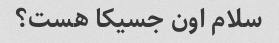
سلام اون جسیکا هست؟